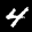
Label: 4